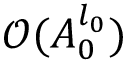
\mathcal { O } ( A _ { 0 } ^ { l _ { 0 } } )